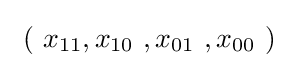
\ (\ x_{11},x_{10}\ ,x_{01}\ ,x_{00}\ )\